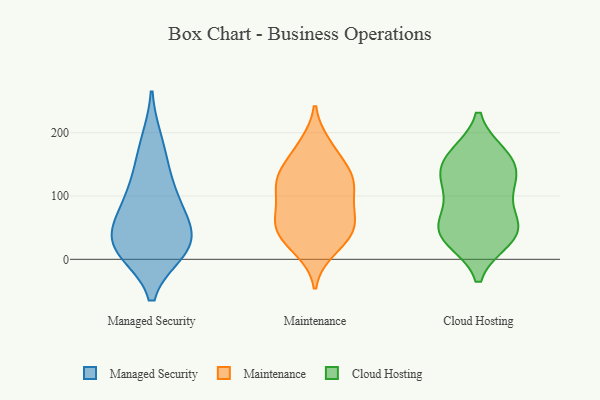
{"axis": {"x": "LTV (USD)", "y": "Value"}, "legend": ["Cloud Hosting", "Maintenance", "Managed Security"], "data": [{"x": "", "y": 142, "type": "Managed Security"}, {"x": "", "y": 30, "type": "Managed Security"}, {"x": "", "y": 19, "type": "Managed Security"}, {"x": "", "y": 71, "type": "Managed Security"}, {"x": "", "y": 80, "type": "Managed Security"}, {"x": "", "y": 107, "type": "Managed Security"}, {"x": "", "y": 14, "type": "Managed Security"}, {"x": "", "y": 186, "type": "Managed Security"}, {"x": "", "y": 17, "type": "Managed Security"}, {"x": "", "y": 37, "type": "Managed Security"}, {"x": "", "y": 58, "type": "Maintenance"}, {"x": "", "y": 112, "type": "Maintenance"}, {"x": "", "y": 135, "type": "Maintenance"}, {"x": "", "y": 137, "type": "Maintenance"}, {"x": "", "y": 49, "type": "Maintenance"}, {"x": "", "y": 42, "type": "Maintenance"}, {"x": "", "y": 23, "type": "Maintenance"}, {"x": "", "y": 111, "type": "Maintenance"}, {"x": "", "y": 15, "type": "Maintenance"}, {"x": "", "y": 64, "type": "Maintenance"}, {"x": "", "y": 147, "type": "Maintenance"}, {"x": "", "y": 120, "type": "Maintenance"}, {"x": "", "y": 181, "type": "Maintenance"}, {"x": "", "y": 38, "type": "Maintenance"}, {"x": "", "y": 78, "type": "Maintenance"}, {"x": "", "y": 117, "type": "Maintenance"}, {"x": "", "y": 73, "type": "Maintenance"}, {"x": "", "y": 177, "type": "Maintenance"}, {"x": "", "y": 155, "type": "Cloud Hosting"}, {"x": "", "y": 131, "type": "Cloud Hosting"}, {"x": "", "y": 158, "type": "Cloud Hosting"}, {"x": "", "y": 33, "type": "Cloud Hosting"}, {"x": "", "y": 38, "type": "Cloud Hosting"}, {"x": "", "y": 116, "type": "Cloud Hosting"}, {"x": "", "y": 54, "type": "Cloud Hosting"}, {"x": "", "y": 163, "type": "Cloud Hosting"}, {"x": "", "y": 45, "type": "Cloud Hosting"}, {"x": "", "y": 105, "type": "Cloud Hosting"}, {"x": "", "y": 51, "type": "Cloud Hosting"}]}